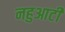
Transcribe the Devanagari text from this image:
नहुआटी